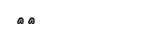
٦٤